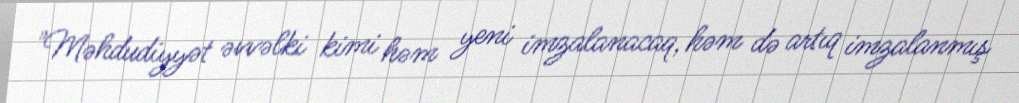
"Məhdudiyyət əvvəlki kimi həm yeni imzalanacaq, həm də artıq imzalanmış